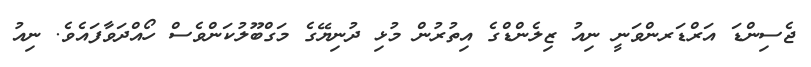
ޖެސިންޑަ އަރްޑަރންވަނީ ނިއު ޒިލެންޑްގެ އިތުރުން މުޅި ދުނިޔޭގެ މަގްބޫލުކަންވެސް ހޯއްދަވާފައެވެ. ނިއު